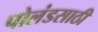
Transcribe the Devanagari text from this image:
पोलंडसाठी